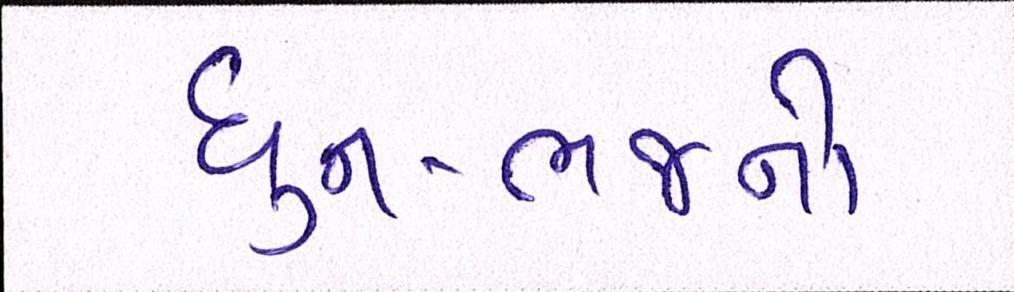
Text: ધુન-ભજનો